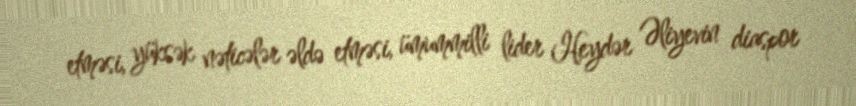
etməsi, yüksək nəticələr əldə etməsi, ümummilli lider Heydər Əliyevin diaspor